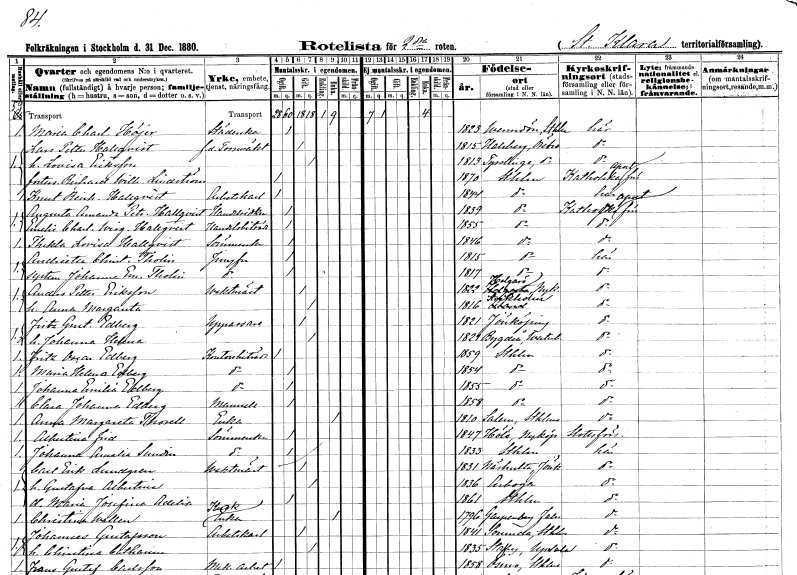
gt_parse: households: individuals: FN: Maria Charlotta
EN: Höjer
YRKE: Städerska
KON: K
CIV: O
FODAR: 1823
FODFORS: Värmdö Stockholms län
FN: Lars Petter
EN: Hallqvist
YRKE: Tornväktare f.d.
KON: M
CIV: G
FODAR: 1815
FODFORS: Hallsberg Örebro län
FN: Lovisa
EN: Eriksson
KON: K
CIV: G
FODAR: 1813
FODFORS: Tysslinge Örebro län
FN: Richard Wilhelm
EN: Lindström
KON: M
CIV: O
FODAR: 1870
FODFORS: Stockholm
FN: Knut Reinhold
EN: Hallqvist
YRKE: Arbetskarl
KON: M
CIV: O
FODAR: 1844
FODFORS: Stockholm
FN: Augusta Amanda Petronella
EN: Hallqvist
YRKE: Handelsidkerska
KON: K
CIV: O
FODAR: 1839
FODFORS: Stockholm
FN: Emelie Charlotta Wirginia
EN: Hallqvist
YRKE: Handelsbiträde
KON: K
CIV: O
FODAR: 1855
FODFORS: Stockholm
FN: Thekla Lovisa
EN: Hallqvist
YRKE: Sömmerska
KON: K
CIV: O
FODAR: 1846
FODFORS: Stockholm
FN: Andrietta Christina
EN: Tholin
YRKE: Jungfru
KON: K
CIV: O
FODAR: 1815
FODFORS: Stockholm
FN: Johanna Emelie
EN: Tholin
YRKE: Jungfru
KON: K
CIV: O
FODAR: 1817
FODFORS: Stockholm
FN: Anders Petter
EN: Eriksson
YRKE: Vaktmästare
KON: M
CIV: G
FODAR: 1822
FODFORS: Helgarö Södermanlands län
FN: Anna Margareta
KON: K
CIV: G
FODAR: 1816
FODFORS: Stockholm
FN: Fritz Gustaf
EN: Edberg
YRKE: Uppassare
KON: M
CIV: G
FODAR: 1821
FODFORS: Jönköping Jönköpings län
FN: Johanna Helena
KON: K
CIV: G
FODAR: 1821
FODFORS: Bygdeå Västerbottens län
FN: Fritz Oscar
EN: Edberg
YRKE: Kontorsbiträde
KON: M
CIV: O
FODAR: 1859
FODFORS: Stockholm
FN: Maria Helena
EN: Edberg
YRKE: Kontorsbiträde
KON: K
CIV: O
FODAR: 1854
FODFORS: Stockholm
FN: Johanna Emilia
EN: Edberg
YRKE: Kontorsbiträde
KON: K
CIV: O
FODAR: 1855
FODFORS: Stockholm
FN: Clara Johanna
EN: Edberg
KON: K
CIV: O
FODAR: 1858
FODFORS: Stockholm
FN: Anna Margareta
EN: Thorell
YRKE: Änka
KON: K
CIV: E
FODAR: 1810
FODFORS: Salem Stockholms län
FN: Albertina
EN: Frid
YRKE: Sömmerska
KON: K
CIV: O
FODAR: 1847
FODFORS: Hölö Stockholms län
FN: Johanna Amalia
EN: Sundin
YRKE: Sömmerska
KON: K
CIV: O
FODAR: 1833
FODFORS: Stockholm
FN: Carl Erik
EN: Lundgren
YRKE: Vaktmästare
KON: M
CIV: G
FODAR: 1831
FODFORS: Näshult Jönköpings län
FN: Gustafva Albertina
KON: K
CIV: G
FODAR: 1836
FODFORS: Arboga Västmanlands län
FN: Maria Josefina Adelia
KON: K
CIV: O
FODAR: 1861
FODFORS: Stockholm
FN: Christina
EN: Wallen
YRKE: Kuskänka
KON: K
CIV: E
FODAR: 1796
FODFORS: Garpenberg Kopparbergs län
FN: Johannes
EN: Gustafsson
YRKE: Arbetskarl
KON: M
CIV: G
FODAR: 1841
FODFORS: Sorunda Stockholms län
FN: Christina Catharina
KON: K
CIV: G
FODAR: 1835
FODFORS: Stavby Uppsala län